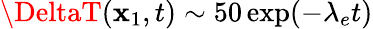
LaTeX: \DeltaT(\mathbf{x}_{1},t)\sim50\exp(-\lambda_{e}t)